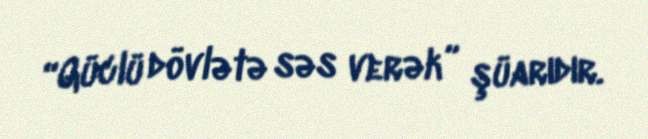
“Güclü dövlətə səs verək” şüarıdır.